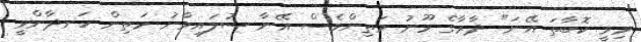
މިވީ ކޮބާތަ އޭނަ" ދާރާގެ މޫނު މަތިންވެސް އޭނާ ސުލައިމާނު މަތިން ހަނދާންވީ